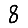
Digit: 8